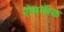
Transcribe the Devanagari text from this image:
रोमनॅस्क